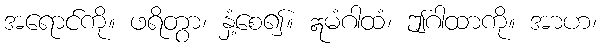
အရောင်ကို။ ဖရိတွာ၊ နှံ့စေ၍။ ဣမံဂါထံ၊ ဤဂါထာကို။ အာဟ၊